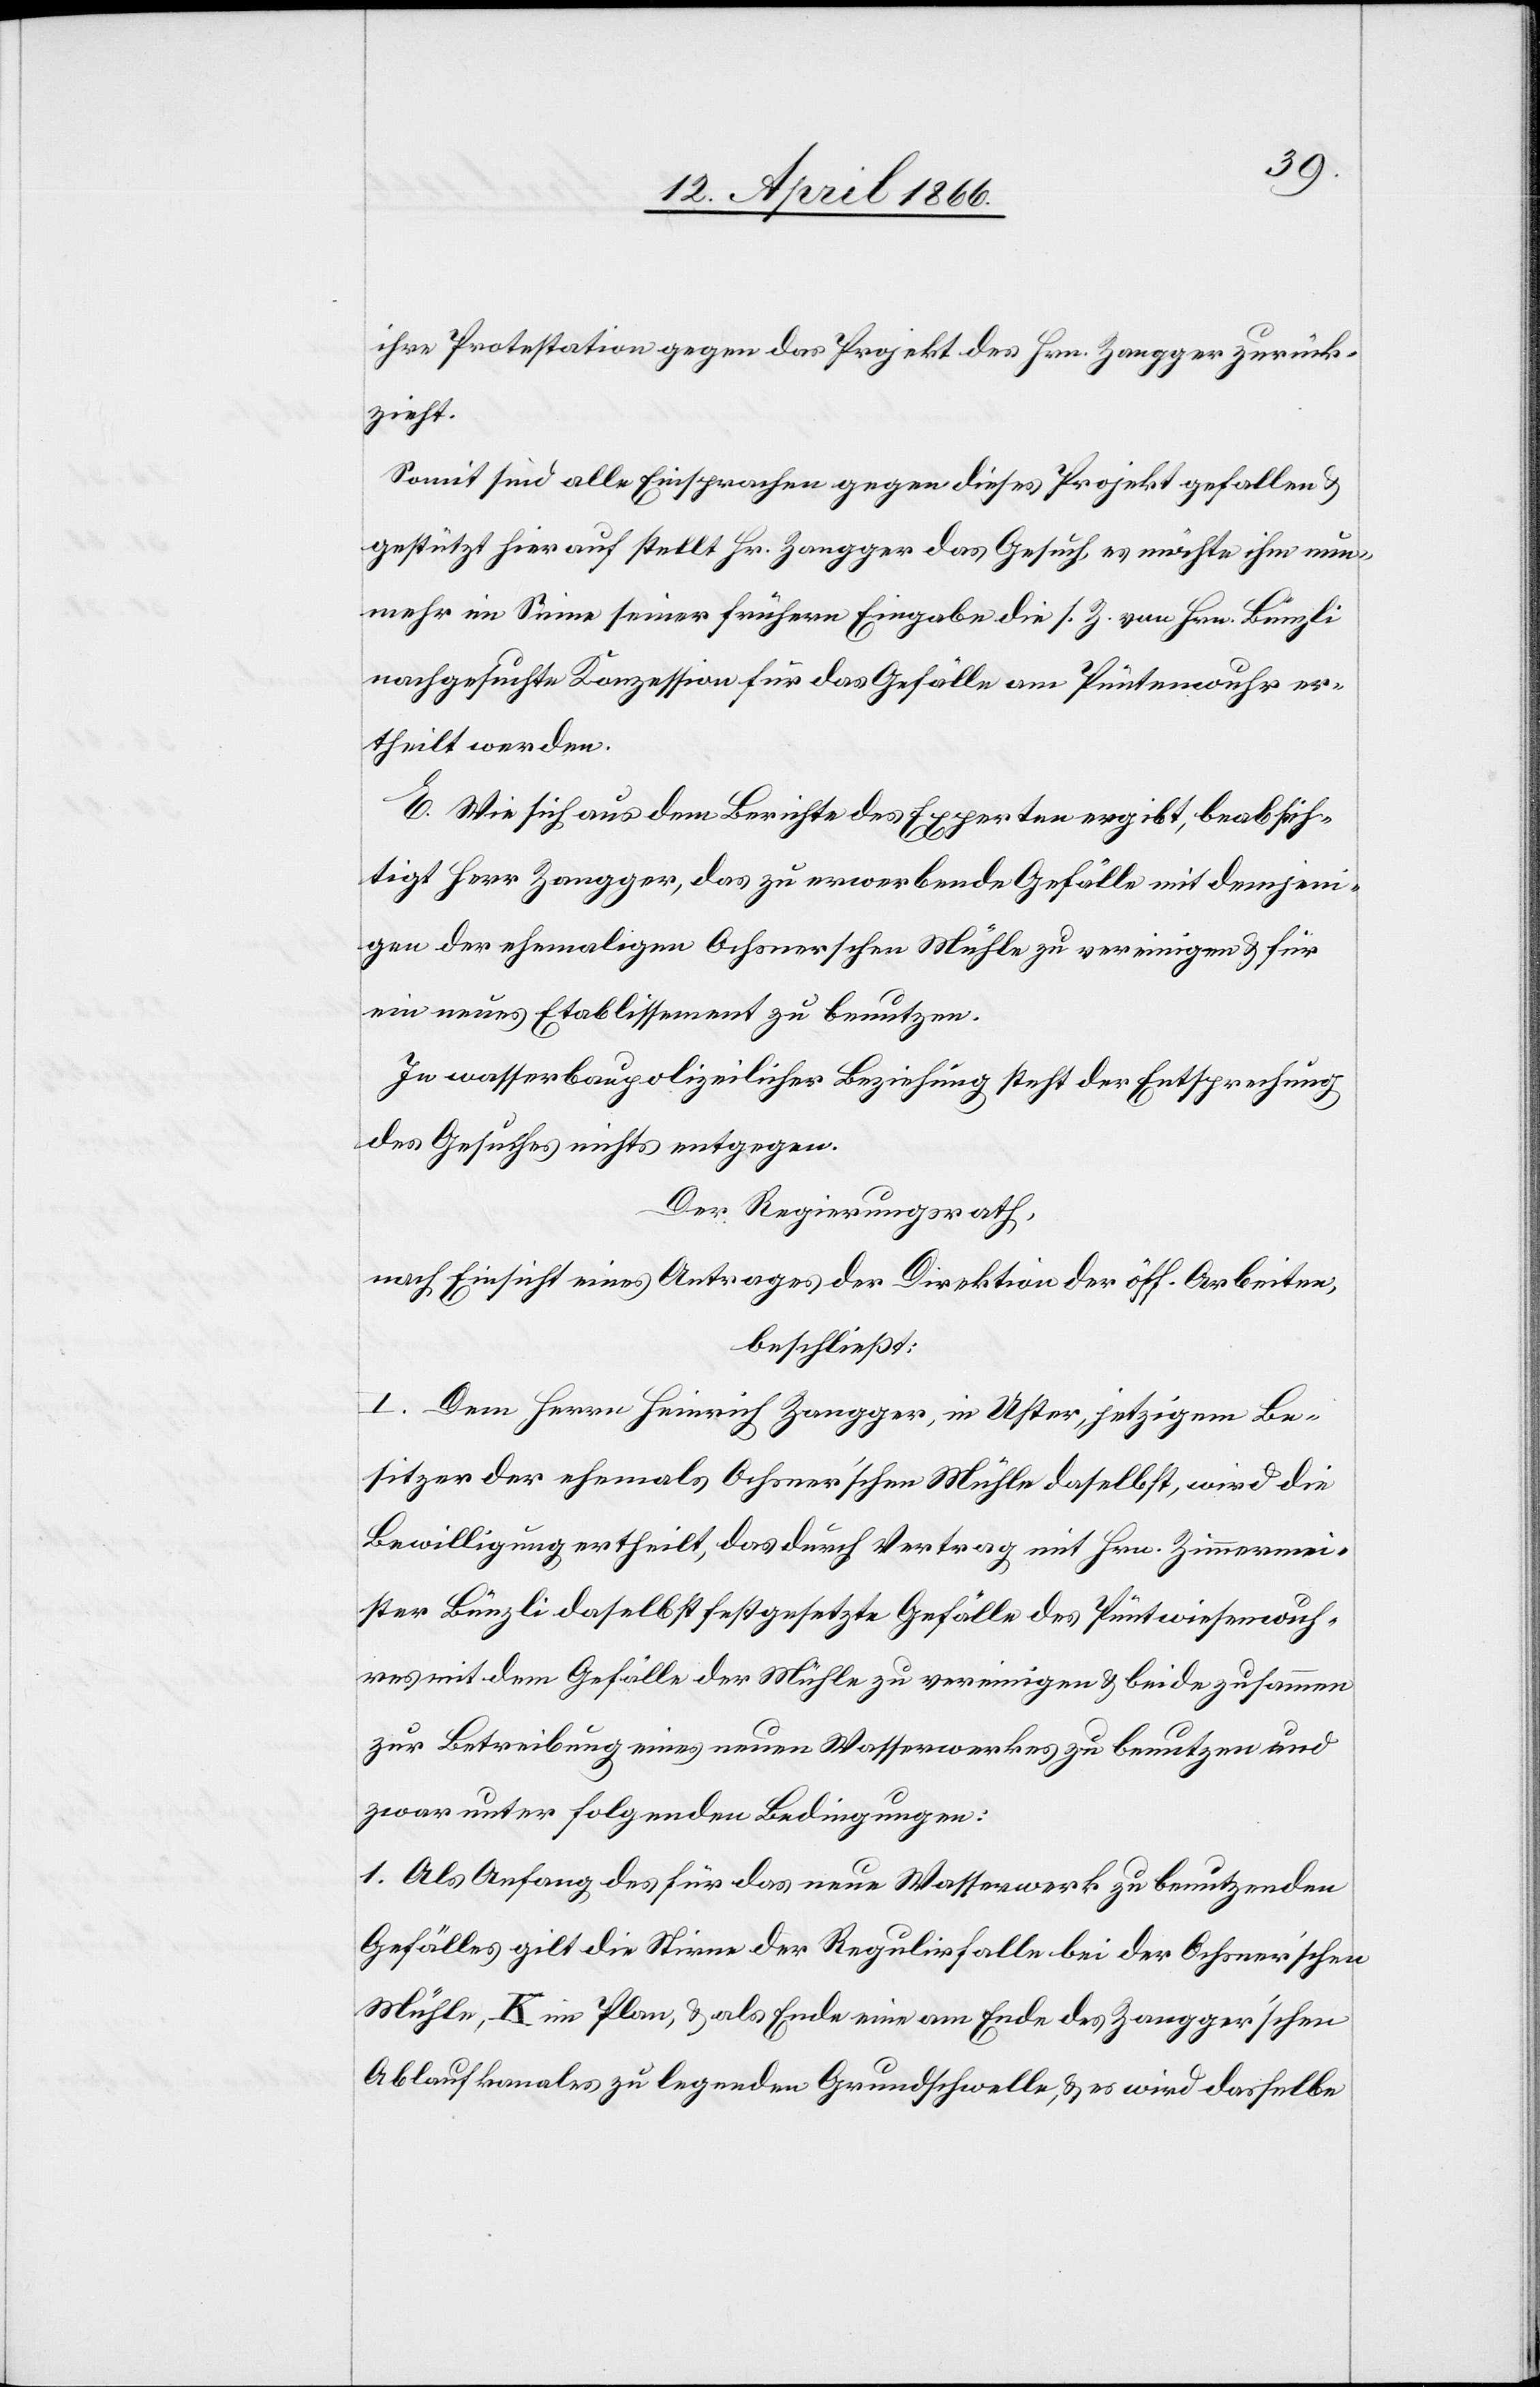
ihre Protestation gegen das Projekt des Hrn. Zangger zurück¬
zieht.
Somit sind alle Einsprachen gegen dieses Projekt gefallen u.
gestützt hier auf stellt Hr. Zangger das Gesuch, es möchte ihm nun¬
mehr im Sinne seiner frühern Eingabe die s. Z. von Hrn. Bünzli
nachgesuchte Konzession für das Gefälle am Püntenwuhr er¬
theilt werden.
E. Wie sich aus dem Berichte des Experten ergibt, beabsich¬
tigt Herr Zangger, das zu erwerbende Gefälle mit demjeni¬
gen der ehemaligen Ochsnerschen Mühle zu vereinigen u. für
ein neues Etablissement zu benutzen.
In wasserbaupolizeilicher Beziehung steht der Entsprechung
des Gesuches nichts entgegen.
Der Regierungsrath,
nach Einsicht eines Antrages der Direktion der öff. Arbeiten,
beschließt:
I. Dem Herrn Heinrich Zangger, in Uster, jetzigem Be¬
sitzer der ehemals Ochsner’schen Mühle daselbst, wird die
Bewilligung ertheilt, das durch Vertrag mit Hrn. Zimmermei¬
ster Bünzli daselbst festgesetzte Gefälle des Püntwiesenwuh¬
res mit dem Gefälle der Mühle zu vereinigen u. beide zusammen
zur Betreibung eines neuen Wasserwerkes zu benutzen und
zwar unter folgenden Bedingungen:
1. Als Anfang des für das neue Wasserwerk zu benutzenden
Gefälles gilt die Stirne der Regulirfalle bei der Ochsner’schen
Mühle, K im Plan, u. als Ende eine am Ende des Zangger’schen
Ablaufkanales zu legende Grundschwelle, u. es wird dasselbe